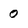
Character: 0